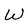
Character: W